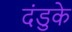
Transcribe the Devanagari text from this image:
दंडुके